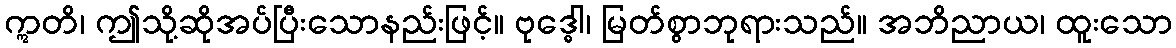
ဣတိ၊ ဤသို့ဆိုအပ်ပြီးသောနည်းဖြင့်။ ဗုဒ္ဓေါ၊ မြတ်စွာဘုရားသည်။ အဘိညာယ၊ ထူးသော